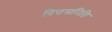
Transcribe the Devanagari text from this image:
वित्तसमिति